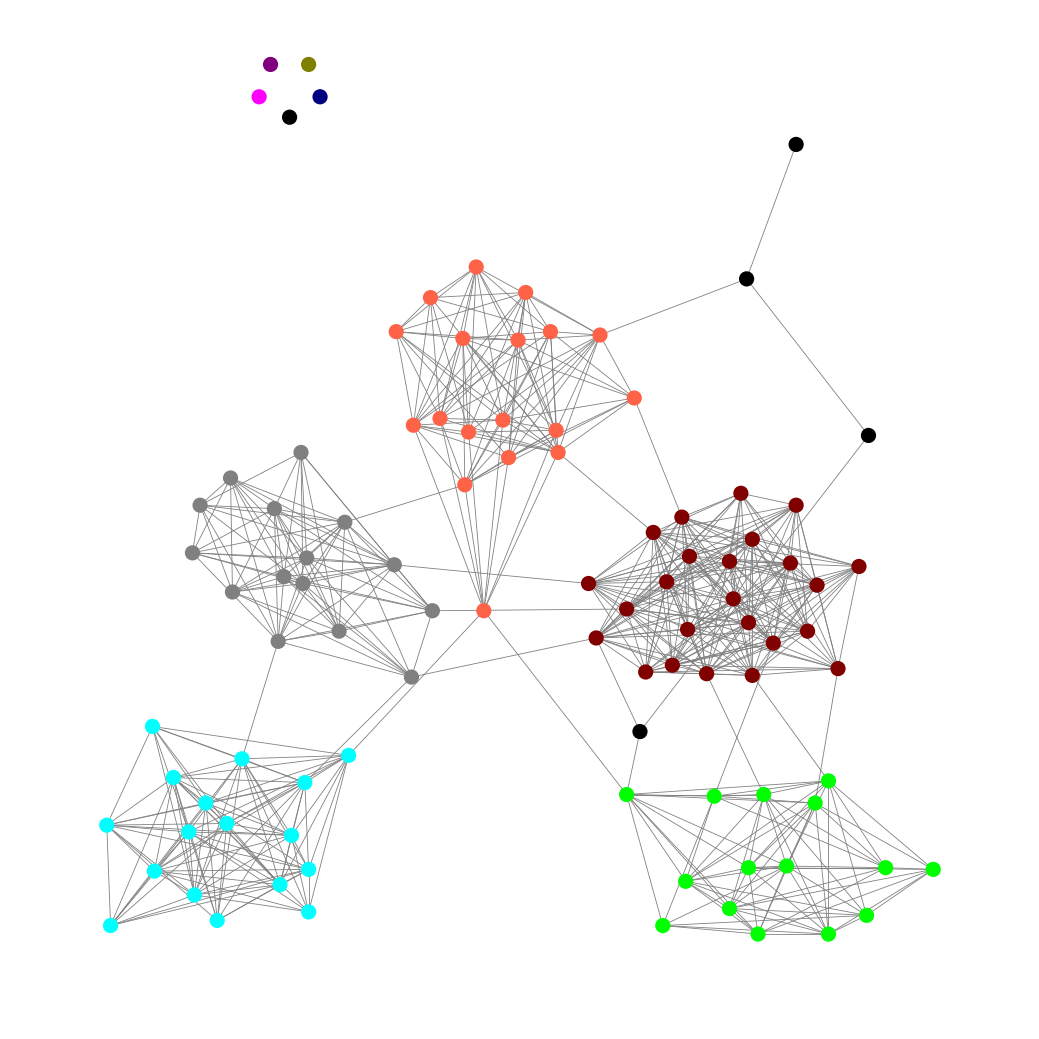
Graph connected: No
Number of connected components: 6
Number of singletons: 5
Total number of nodes: 98
Total number of edges: 566
Number of communities: 10
Community sizes:
Aqua: 17
Black: 5
Fuchsia: 1
Gray: 15
Lime: 15
Maroon: 24
Navy: 1
Olive: 1
Purple: 1
Tomato: 18
Graph layout: tda
Graph generation method: erdos_renyi